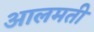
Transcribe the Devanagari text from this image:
आलमती